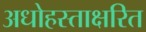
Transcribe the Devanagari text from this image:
अधोहस्ताक्षरित